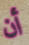
أن